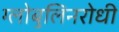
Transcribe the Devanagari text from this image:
ग्लोबुलिनरोधी